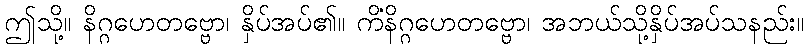
ဤသို့။ နိဂ္ဂဟေတဗ္ဗော၊ နှိပ်အပ်၏။ ကိံနိဂ္ဂဟေတဗ္ဗော၊ အဘယ်သို့နှိပ်အပ်သနည်း။